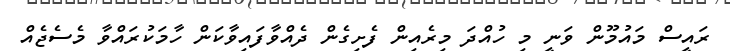
ރައީސް މައުމޫން ވަނީ މި ހުއްދަ މިރެއިން ފެށިގެން ދެއްވާފައިވާކަން ހާމަކުރައްވާ މެސެޖެއް